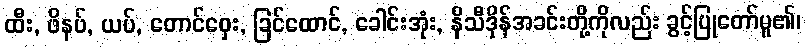
ထီး, ဖိနပ်, ယပ်, တောင်ဝှေး, ခြင်ထောင်, ခေါင်းအုံး, နိသီဒိုန်အခင်းတို့ကိုလည်း ခွင့်ပြုတော်မူ၏၊